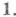
1.